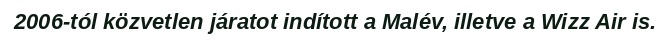
2006-tól közvetlen járatot indított a Malév, illetve a Wizz Air is.